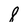
Character: 8